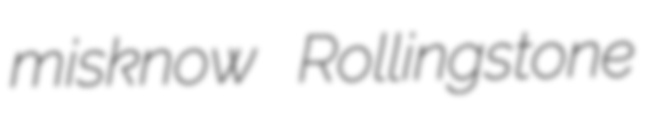
misknow Rollingstone